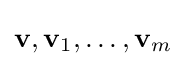
\mathbf {v} ,\mathbf {v} _{1},\dots ,\mathbf {v} _{m}